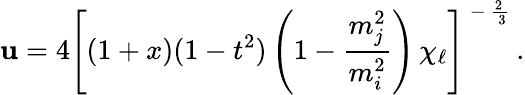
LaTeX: \mathbf{u}=4\left[(1+x)(1-t^{2})\left(1-{\frac{{m_{j}^{2}}}{{m_{i}^{2}}}}\right)\, \chi_{\ell}\right]^{\mathrm{{\normalsize~-~{\frac{{2~}}{{~3}}}~}}}.